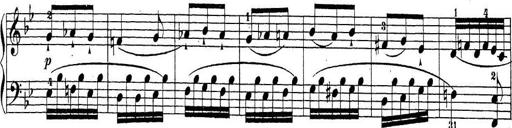
Title: Sonatina Album
Composer: Louis KÃ¶hler